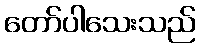
တော်ပါသေးသည်